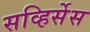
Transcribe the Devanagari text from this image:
सव्हिर्सेस